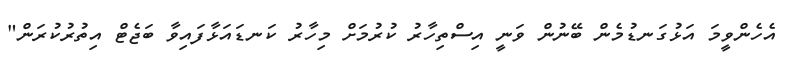
އެހެންވީމަ އަޅުގަނޑުމެން ބޭނުން ވަނީ އިސްތިހާރު ކުރުމަށް މިހާރު ކަނޑައަޅާފައިވާ ބަޖެޓް އިތުރުކުރަން"